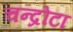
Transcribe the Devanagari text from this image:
चन्द्रोटा